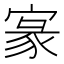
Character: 𡩀